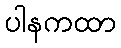
ပါနကထာ